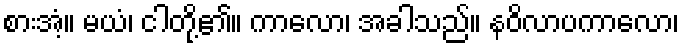
စားအံ့။ မယံ၊ ငါတို့၏။ ကာလော၊ အခါသည်။ နဝိလာပကာလော၊